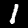
Digit: 1